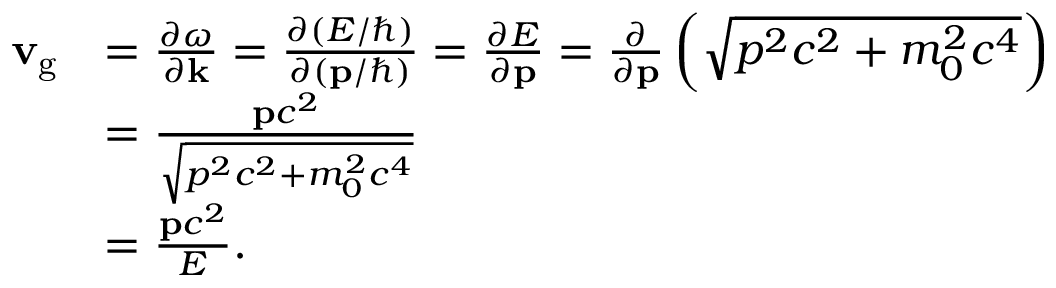
{ \begin{array} { r l } { \mathbf { v } _ { \mathrm { g } } } & { = { \frac { \partial \omega } { \partial \mathbf { k } } } = { \frac { \partial ( E / \hbar ) } { \partial ( \mathbf { p } / \hbar ) } } = { \frac { \partial E } { \partial \mathbf { p } } } = { \frac { \partial } { \partial \mathbf { p } } } \left( { \sqrt { p ^ { 2 } c ^ { 2 } + m _ { 0 } ^ { 2 } c ^ { 4 } } } \right) } \\ & { = { \frac { \mathbf { p } c ^ { 2 } } { \sqrt { p ^ { 2 } c ^ { 2 } + m _ { 0 } ^ { 2 } c ^ { 4 } } } } } \\ & { = { \frac { \mathbf { p } c ^ { 2 } } { E } } . } \end{array} }